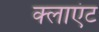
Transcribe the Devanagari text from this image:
क्‍लाएंट